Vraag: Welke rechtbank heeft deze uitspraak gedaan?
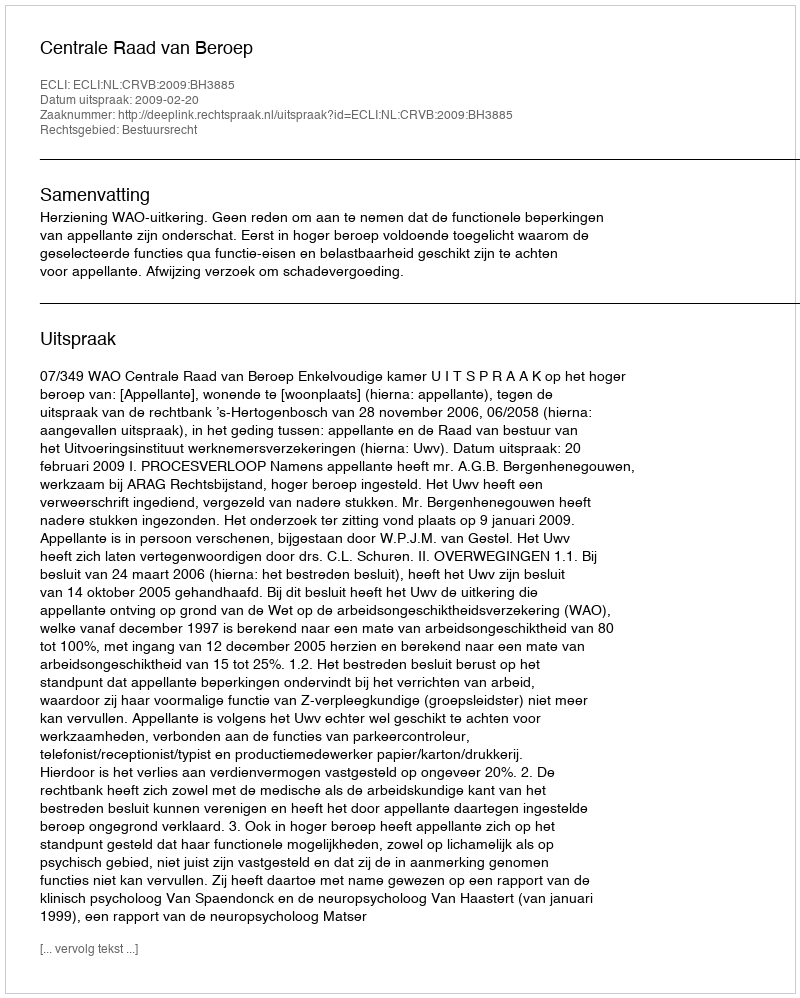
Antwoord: Centrale Raad van Beroep